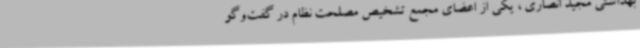
بهداشتی مجید انصاری ، یکی از اعضای مجمع تشخیص مصلحت نظام در گفت‌وگو